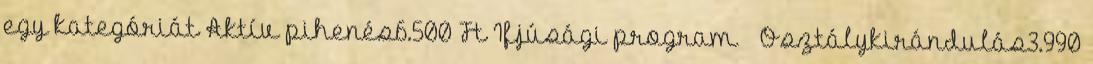
egy kategóriát Aktív pihenés6.500 Ft Ifjúsági program Osztálykirándulás3.990